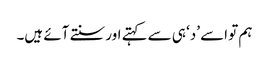
ہم تو اسے ’د‘ ہی سے کہتے اور سنتے آئے ہیں۔